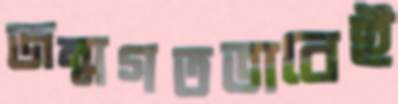
জন্মগতভাবেই